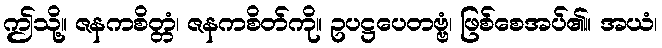
ဤသို့။ ဇနကစိတ္တံ၊ ဇနကစိတ်ကို။ ဥပဋ္ဌပေတဗ္ဗံ၊ ဖြစ်စေအပ်၏။ အယံ၊